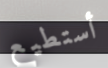
أستطيع